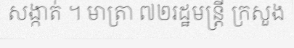
សង្កាត់ ។ មាត្រា ៧២រដ្ឋមន្ត្រី ក្រសួង